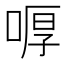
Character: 𠷋